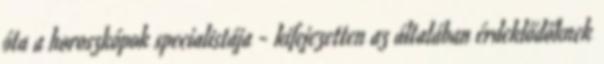
óta a horoszkópok specialistája - kifejezetten az általában érdeklődőknek